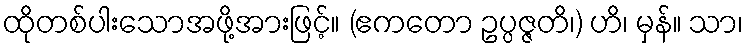
ထိုတစ်ပါးသောအဖို့အားဖြင့်။ (ဧကတော ဥပ္ပဇ္ဇတိ၊) ဟိ၊ မှန်။ သာ၊